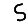
Digit: 5